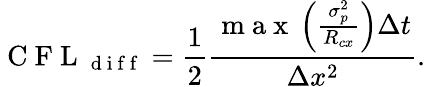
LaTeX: \mathrm{~C~F~L~}_{\mathrm{~d~i~f~f~}}=\frac{1}{2}\frac{\mathrm{~m~a~x~}\left(\frac{\sigma_{p}^{2}}{R_{cx}}\right)\Delta t}{\Delta x^{2}}.